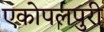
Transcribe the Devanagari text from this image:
एकोपलपुरी